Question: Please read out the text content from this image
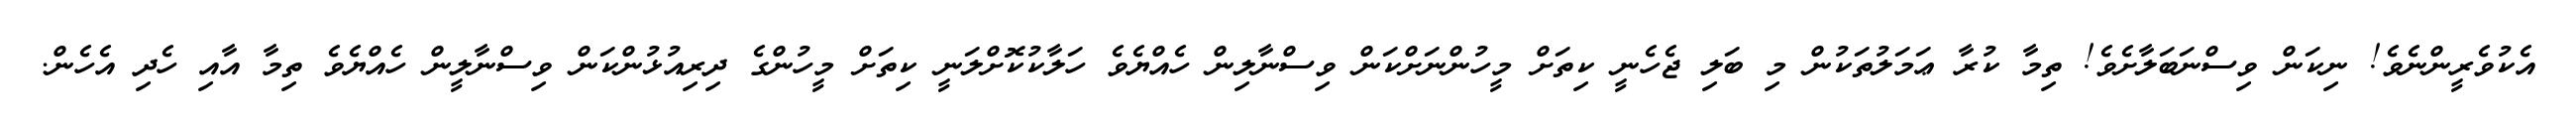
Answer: އެކުވެރީންނެވެ! ނިކަން ވިސްނަބަލާށެވެ! ތިމާ ކުރާ ޢަމަލުތަކުން މި ބަލި ޖެހެނީ ކިތަށް މީހުންނަށްކަން ވިސްނާލިން ހެއްޔެވެ ހަލާކުކޮށްލަނީ ކިތަށް މީހުންގެ ދިރިއުޅުންކަން ވިސްނާލީން ހެއްޔެވެ ތިމާ އާއި ހެދި އެހެން.